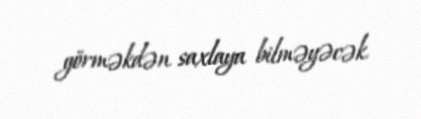
görməkdən saxlaya bilməyəcək.